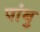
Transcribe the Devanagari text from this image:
पांबु